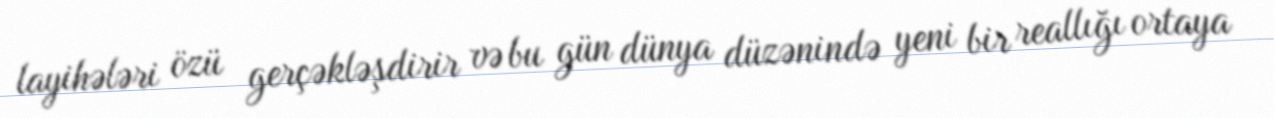
layihələri özü gerçəkləşdirir və bu gün dünya düzənində yeni bir reallığı ortaya